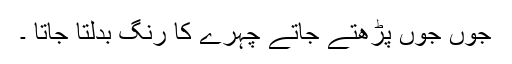
جوں جوں پڑھتے جاتے چہرے کا رنگ بدلتا جاتا ۔